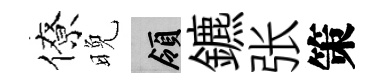
僚晚領鑣张策